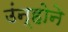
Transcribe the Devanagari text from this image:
उंन्होने